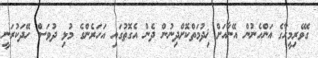
ގޭވެރިމީހާގެ އަންހެނުން އޭނާއަށް ޚިދުމަތްކޮށްދިނުން ދެން އެގޮތުގައި އަހަރެންގެ މުޅި ދުވަސް ހޭދަކުރަނީ